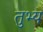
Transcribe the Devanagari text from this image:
तुभ्य